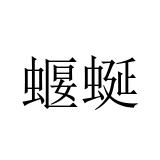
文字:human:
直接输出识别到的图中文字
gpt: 蝘蜒